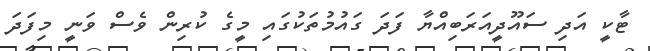
ޓާކީ އަދި ސައޫދީއަރަބިއްޔާ ފަދަ ގައުމުތަކުގައި މީގެ ކުރިން ވެސް ވަނީ މިފަދަ